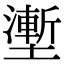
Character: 壍